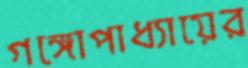
গঙ্গোপাধ্যায়ের